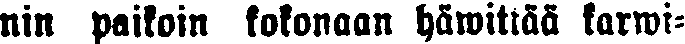
nin paikoin kokonaan häwittää karwi-